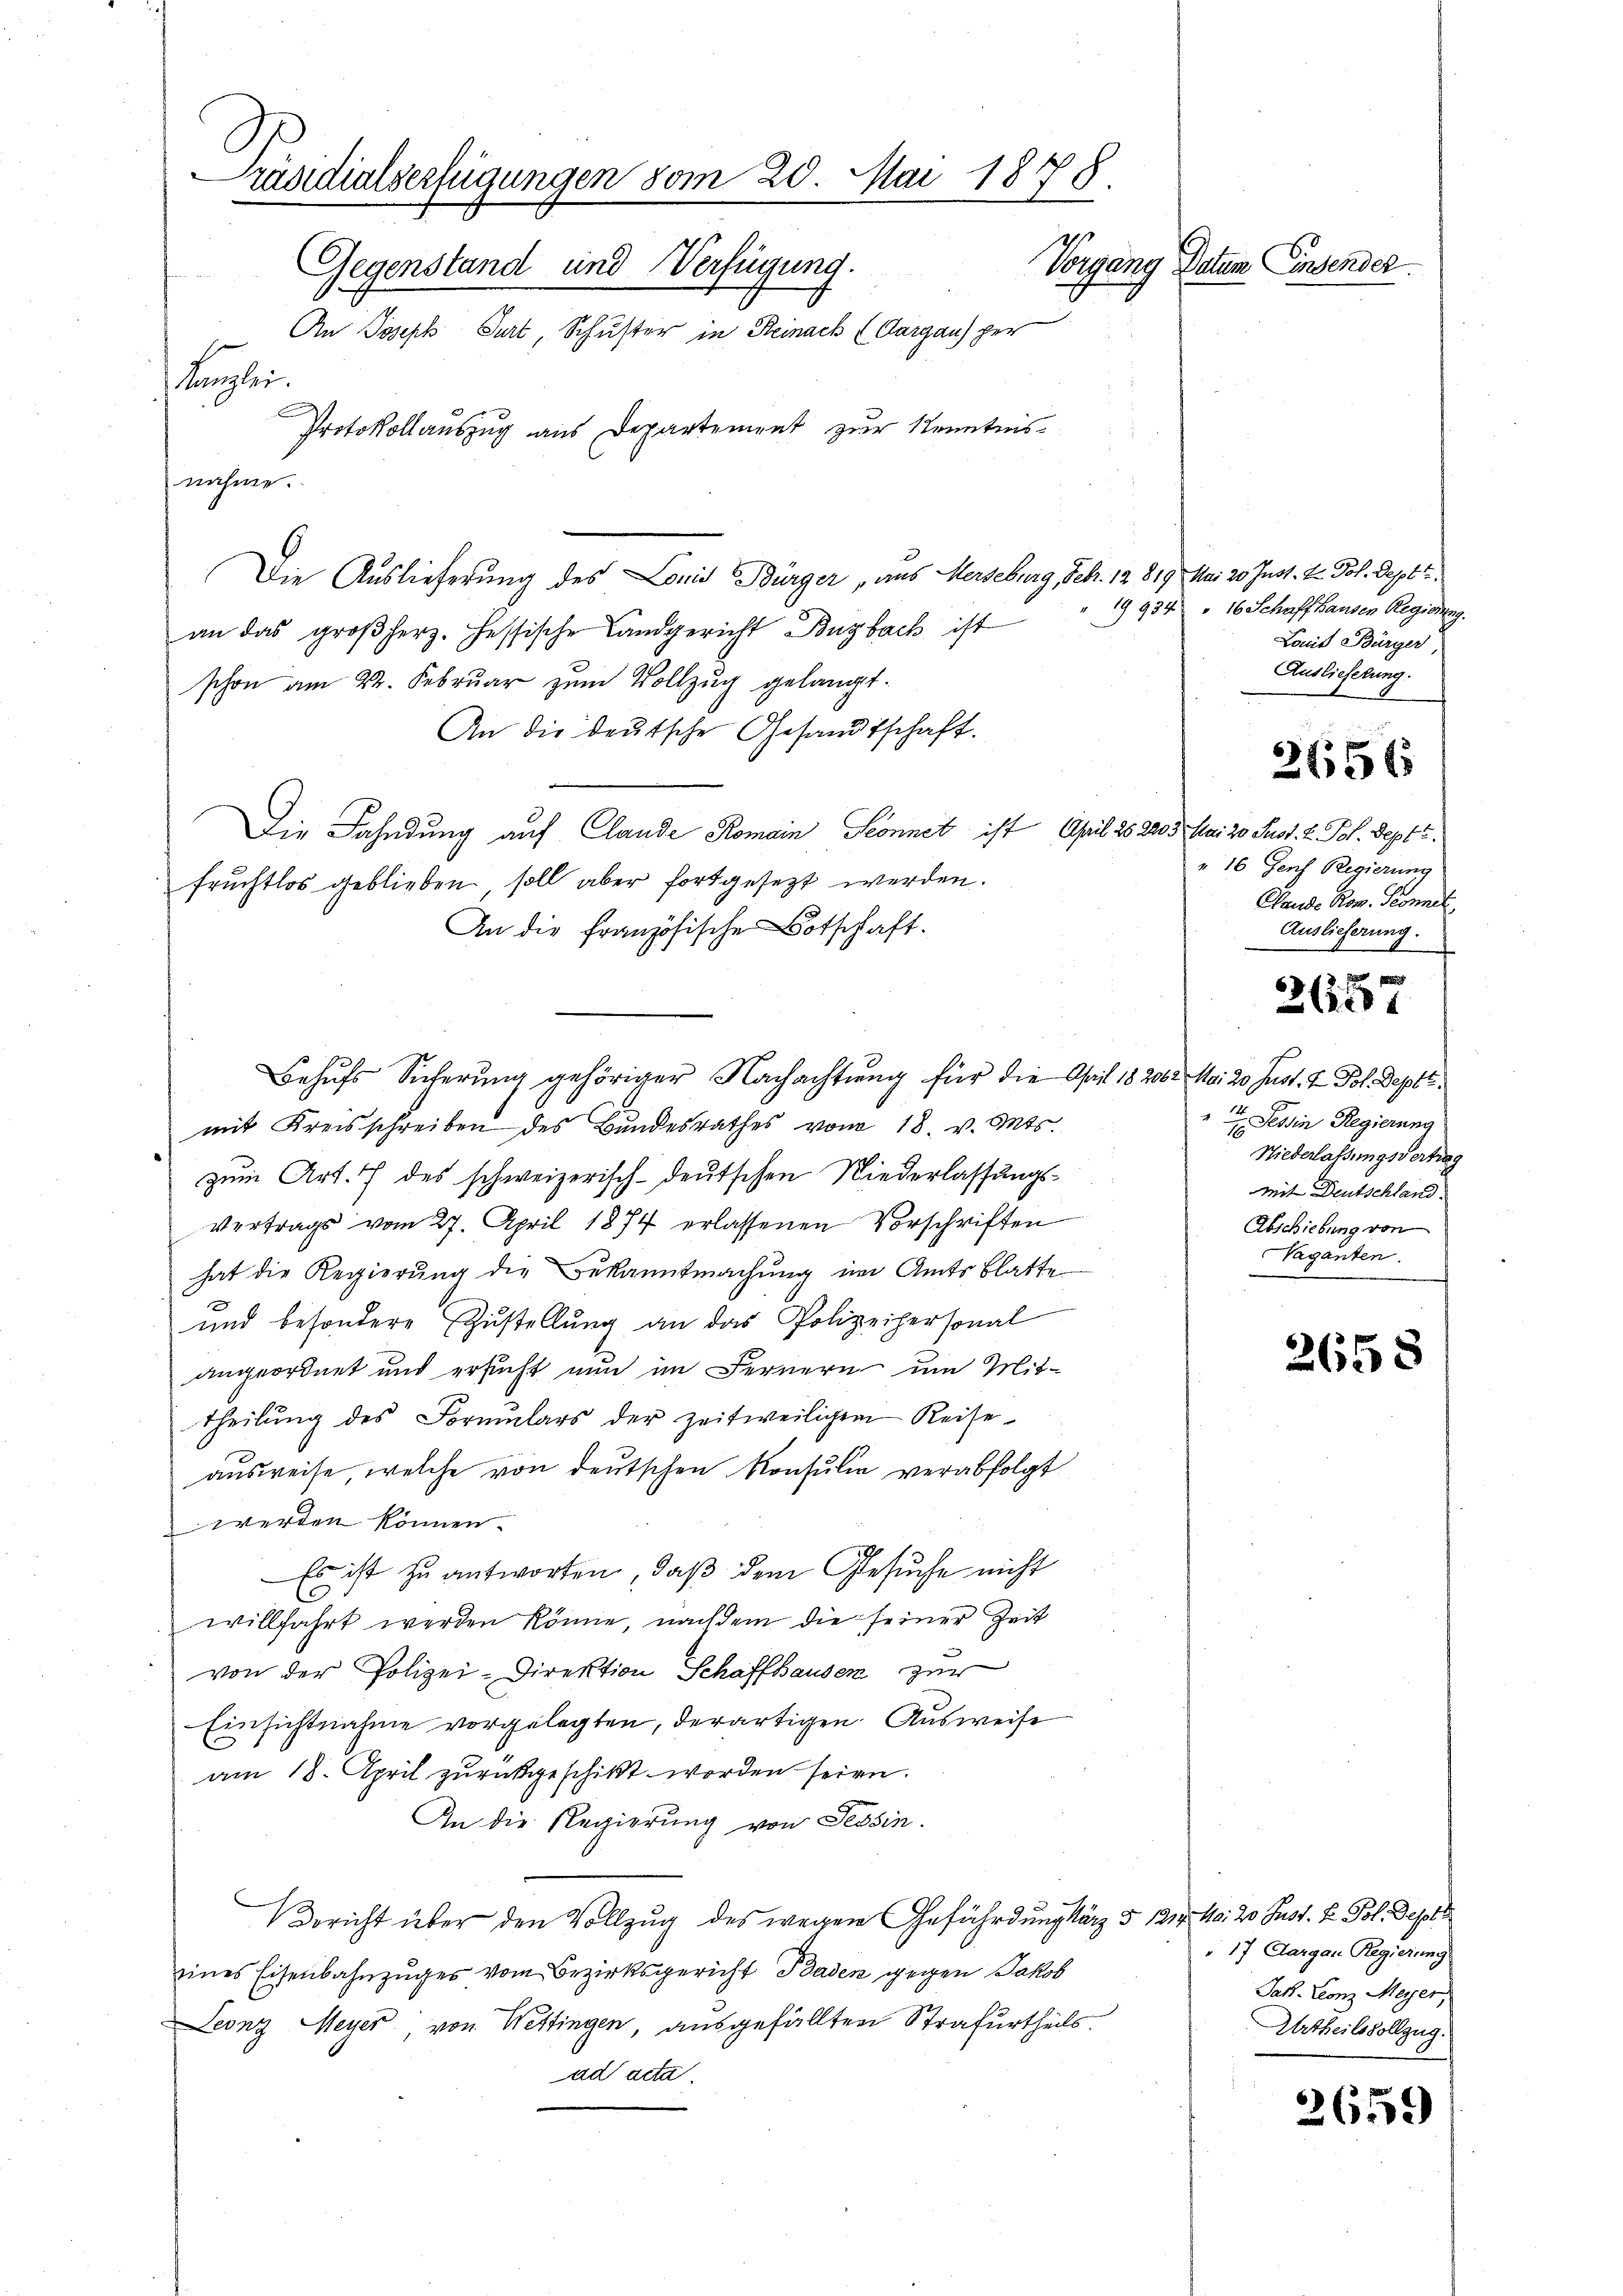
Präsidialserfügungen vom 20. Mai 1878.
Vorgang Daten Einsender
Gegenstand und Verfügung.
An Joseph Surt, Schuster in Steinach (Aargaus per
Koglei
Protokollauszug aus Departement zur Kenntnis-

nahme.

19934
an das großherz. Hessische Landgericht Buzbach ist
schon am 22. Februar zum Vollzug gelangt.
An die deutsche Gesandtschaft.
Die Fahndung auf Claude Romain Sonnet ist April 26. 2203. Mai 20. Just. I. Pel. Sept.
fruchtlos geblieben soll aber fortgesetzt werden.
An die französische Botschaft.
mit Kreisschreiben des Bŭndesrathes vom 18. v. Mts.
zum Art. 7 des schweizerisch-deutschen Niederlassungs¬
Vertrags vom 27. April 1874 erlassenen Vorschriften
hat die Regierung die Bekanntmachung im Amtsblatte
und besondere Zustellung an das Polizeihersonal
angeordnet und ersucht nun im Fernern um Mittheilŭng des Formulars der zeitweiligem Reise-
ausweise, welche von deutschen Konsulie verabfolgt
werden können.
Es ist zu antworten, daß dem Gesuche nicht
willfahrt werden könne, nachdem die seiner Zeit
von der Polizei-Direktion Schaffhausen zur
Einsichtnahme vorgelegten, derartigen. Ausweise
am 18. April zurückgeschickt worden seien.
An die Regierung von Tessin.
Bericht über den Vollzug des wegen Gefährdung kurz § 121. No. 20 Sust. E. Pol. Depots
eines Eisenbahnzuges vom Bezirksgericht Baden gegen Jakob
Leonz Meyer von Wettingen, ausgefällten Strafurtheils.
ad acta.

Behufs Sicherung gehöriger Nachachtung für die April 18. 200. Mai 20. Just. I. Joh. Sept.

Die Auslieferung des Louis Bürger aus Merseburg, Febr. 12. 819 Mai 20. Just. V. Joh. Deput

" 16 Schaffhausen Regierung.
Lamit Bürger,
Auslieferung.

2656

" 16 Genf Regierung
Plaude Rom. Sonnet
Auslieferung.

2 f 0 x
26101

Tessin Regierung
Niederlassungsvertrag
mit Deutschland.
Abschiebung von
Vaganten.

2658

17 Aargau Regierung
Jak. Leonz Meyer,
Urtheilsvollzug.

2659)